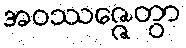
အဝဿဇ္ဇေတွာ